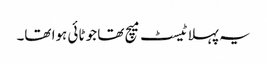
یہ پہلا ٹیسٹ میچ تھا جو ٹائی ہوا تھا۔